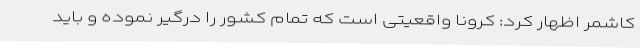
کاشمر اظهار کرد: کرونا واقعیتی است که تمام کشور را درگیر نموده و باید